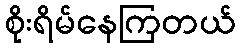
စိုးရိမ်နေကြတယ်